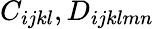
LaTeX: C_{ijkl},D_{ijklmn}